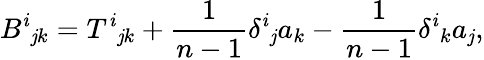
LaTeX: B^{\mathit{i}}{}_{\mathit{j}k}=T^{\mathit{i}}{}_{\mathit{j}k}+{\frac{{1}}{{n-1}}}\delta^{\mathit{i}}{}_{\mathit{j}}a_{k}-{\frac{{1}}{{n-1}}}\delta^{\mathit{i}}{}_{k}a_{\mathit{j}},